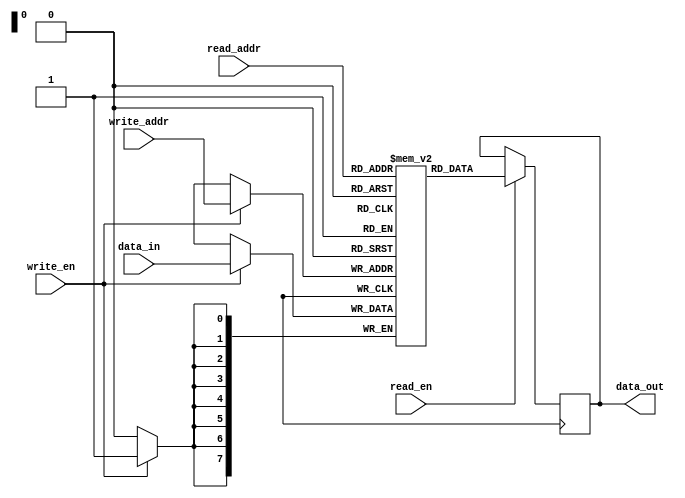
module static_reg_file (
  input wire [7:0] read_addr,
  input wire [7:0] write_addr,
  input wire [7:0] data_in,
  input wire read_en,
  input wire write_en,
  output reg [7:0] data_out
);

reg [7:0] mem [0:255];

always @ (posedge clk) begin
  if(write_en) begin
    mem[write_addr] <= data_in;
  end

  if(read_en) begin
    data_out <= mem[read_addr];
  end
end

endmodule